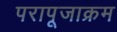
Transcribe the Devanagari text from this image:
परापूजाक्रम